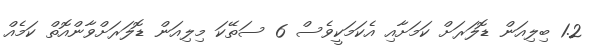
1.2 ބިލިއަން ޑޮލަރަށް ކަމަށާއި އެކަމަކީވެސް 6 ސަތޭކަ މިލިއަން ޑޮލަރަށްވާންއޮތް ކަމެއް